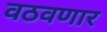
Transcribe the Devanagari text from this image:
वठवणार